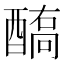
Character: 𨢗